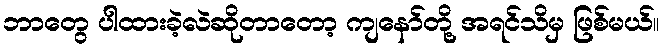
ဘာတွေ ပါထားခဲ့လဲဆိုတာတော့ ကျနော်တို့ အရင်သိမှ ဖြစ်မယ်။